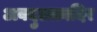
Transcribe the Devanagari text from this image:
अबदुलक़ादिर